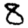
Digit: 8